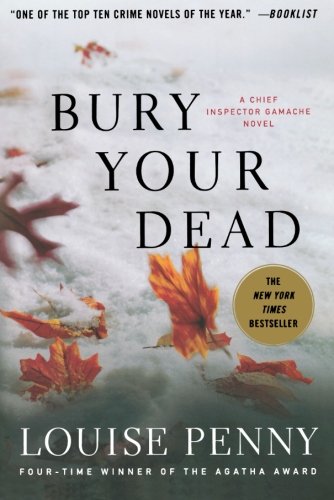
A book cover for Bury Your Dead: A Chief Inspector Gamache Novel; Louise Penny; Mystery, Thriller & Suspense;